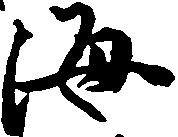
海